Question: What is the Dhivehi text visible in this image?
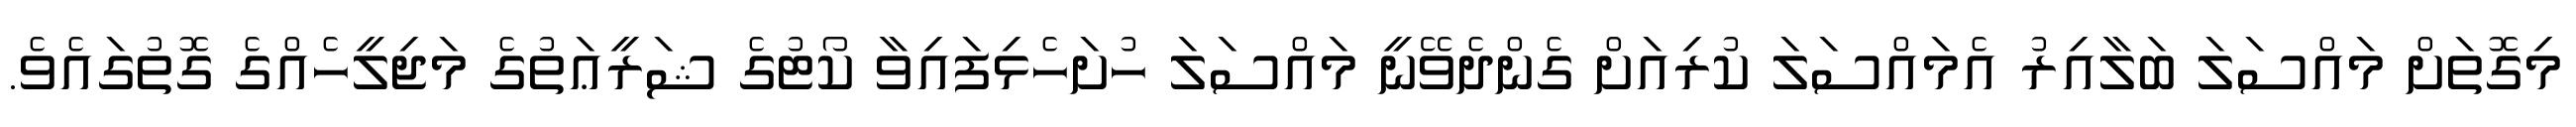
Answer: މިގޮތަށް މައްސަލަ ބަލާއިރު އެމައްސަލަ ކުރިއަށް ގެންދެވޭނީ މައްސަލަ ހުށަހެޅިފައިވާ ކޯޓުގެ ޝަރީޢަތުގެ މަޖިލީހެއްގެ ގޮތުގައެވެ.